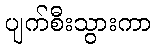
ပျက်စီးသွားကာ